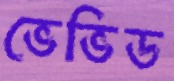
ভেভিড